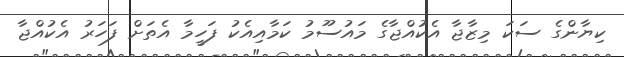
ކިޔާންގެ ސަކަ މިޒާޖާ އެކުއްޖާގެ މައުސޫމު ކަމާއިއެކު ފަހީމާ އެތަށް ފަހަރު އެކުއްޖާ